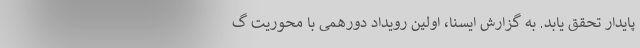
پایدار تحقق یابد. به گزارش ایسنا، اولین رویداد دورهمی با محوریت گ